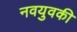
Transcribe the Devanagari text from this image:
नवयुवकी